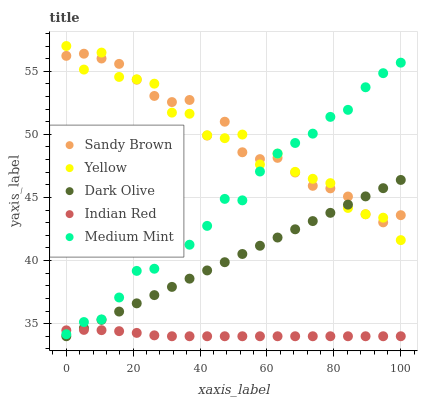
| xaxis_label | Sandy Brown | Yellow | Dark Olive | Indian Red | Medium Mint |
 | --- | --- | --- | --- | --- | --- |
 | 0 | 56.2 | 57 | 34 | 34.5 | 34.2 |
 | 5.26 | 56.4 | 55.1 | 34.7 | 34.5 | 35.1 |
 | 10.5 | 56 | 56.5 | 35.3 | 34.5 | 35.3 |
 | 15.8 | 55.6 | 54.5 | 36 | 34.4 | 37.1 |
 | 21.1 | 54.3 | 54.4 | 36.6 | 34.3 | 39.2 |
 | 26.3 | 53 | 54 | 37.3 | 34.1 | 39.4 |
 | 31.6 | 52.6 | 51.7 | 37.9 | 34 | 40.8 |
 | 36.8 | 52.7 | 51.6 | 38.6 | 34 | 41.3 |
 | 42.1 | 49.9 | 49.9 | 39.2 | 34 | 42.7 |
 | 47.4 | 51 | 49.7 | 39.9 | 34 | 44.9 |
 | 52.6 | 48.6 | 50 | 40.5 | 34 | 44.8 |
 | 57.9 | 48 | 47.6 | 41.2 | 34 | 47.1 |
 | 63.2 | 48.1 | 48.5 | 41.8 | 34 | 48.5 |
 | 68.4 | 47 | 47 | 42.5 | 34 | 49.3 |
 | 73.7 | 45.9 | 46.5 | 43.1 | 34 | 50.1 |
 | 78.9 | 45.7 | 46.1 | 43.8 | 34 | 51.4 |
 | 84.2 | 45.1 | 44.2 | 44.4 | 34 | 51.9 |
 | 89.5 | 43.7 | 43.7 | 45.1 | 34 | 53.7 |
 | 94.7 | 43 | 43.4 | 45.7 | 34 | 54.8 |
 | 100 | 43.6 | 41.6 | 46.4 | 34 | 55.7 |